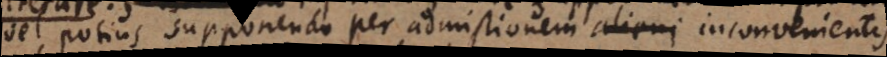
vel potius supponendo per admistionem alieni inconvenienti